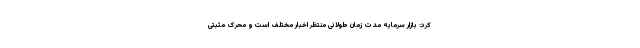
کرد: بازار سرمایه مدت زمان طولانی منتظر اخبار مختلف است و محرک مثبتی